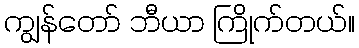
ကျွန်တော် ဘီယာ ကြိုက်တယ်။